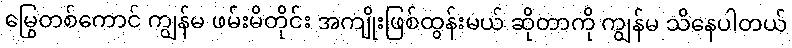
မြွေတစ်ကောင် ကျွန်မ ဖမ်းမိတိုင်း အကျိုးဖြစ်ထွန်းမယ် ဆိုတာကို ကျွန်မ သိနေပါတယ်